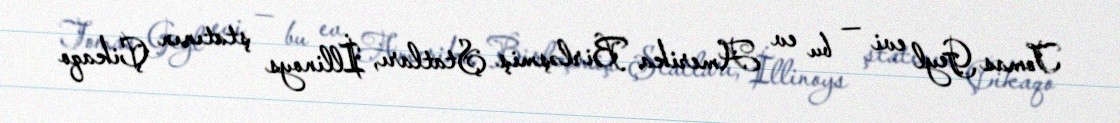
Tomas Geyl evi — bu ev Amerika Birləşmiş Ştatları, İllinoys ştatının Çikaqo